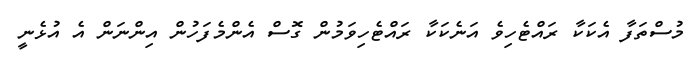
މުސްތަފާ އެކަކާ ރައްޓެހިވެ އަނެކަކާ ރައްޓެހިވަމުން ގޮސް އެންމެފަހުން އިންނަން އެ އުޅެނީ